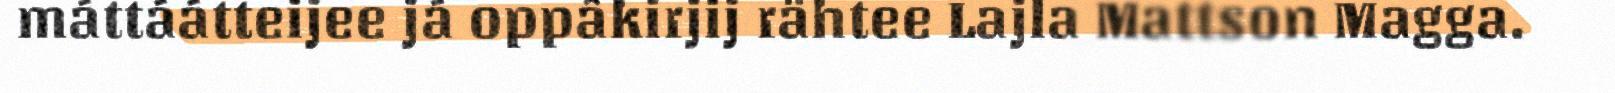
máttáátteijee já oppâkirjij rähtee Lajla Mattson Magga.